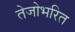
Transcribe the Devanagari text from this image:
तेजोभरित